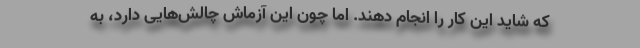
که شاید این کار را انجام دهند. اما چون این آزماش چالش‌هایی دارد، به